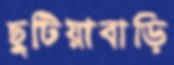
ছুটিয়াবাড়ি